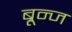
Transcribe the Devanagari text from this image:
ब्रून्ज